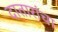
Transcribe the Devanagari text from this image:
दातारांचा